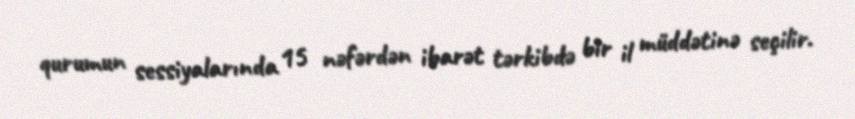
qurumun sessiyalarında 15 nəfərdən ibarət tərkibdə bir il müddətinə seçilir.